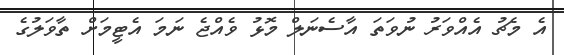
އެ މެޗު އެއްވަރު ނުވަތަ އާސެނަލް މޮޅު ވެއްޖެ ނަމަ އެޓީމަށް ތާވަލުގެ